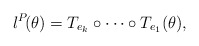
\begin{align*} \l^P\!(\theta) & = T_{e_k}\circ\cdots\circ T_{e_1}(\theta),\end{align*}